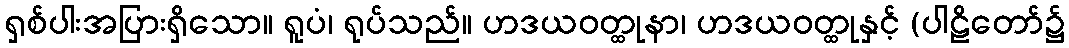
ရှစ်ပါးအပြားရှိသော။ ရူပံ၊ ရုပ်သည်။ ဟဒယဝတ္ထုနာ၊ ဟဒယဝတ္ထုနှင့် (ပါဠိတော်၌